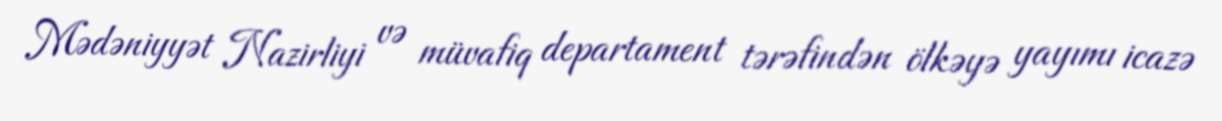
Mədəniyyət Nazirliyi və müvafiq departament tərəfindən ölkəyə yayımı icazə